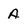
Character: A